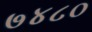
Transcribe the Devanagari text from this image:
७४८०